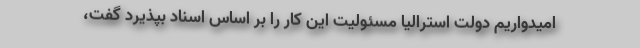
امیدواریم دولت استرالیا مسئولیت این کار را بر اساس اسناد بپذیرد گفت،